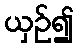
ယှဉ်၍